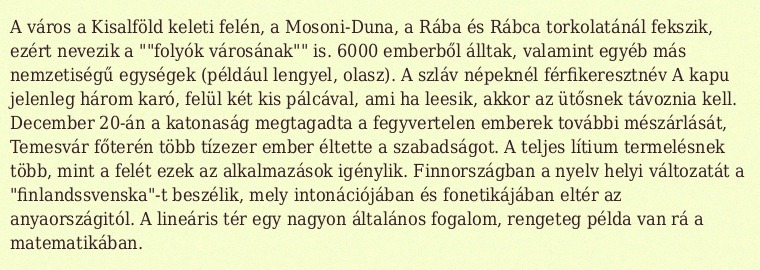
A város a Kisalföld keleti felén, a Mosoni-Duna, a Rába és Rábca torkolatánál fekszik, ezért nevezik a ""folyók városának"" is. 6000 emberből álltak, valamint egyéb más nemzetiségű egységek (például lengyel, olasz). A szláv népeknél férfikeresztnév A kapu jelenleg három karó, felül két kis pálcával, ami ha leesik, akkor az ütősnek távoznia kell. December 20-án a katonaság megtagadta a fegyvertelen emberek további mészárlását, Temesvár főterén több tízezer ember éltette a szabadságot. A teljes lítium termelésnek több, mint a felét ezek az alkalmazások igénylik. Finnországban a nyelv helyi változatát a "finlandssvenska"-t beszélik, mely intonációjában és fonetikájában eltér az anyaországitól. A lineáris tér egy nagyon általános fogalom, rengeteg példa van rá a matematikában.